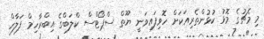
މި މެޗުގެ މޮޅު ކުޅުންތެރިއަކަށް ހޮވިފައިވަނީ ޔޫތް ސްޕޯޓްސް ކްލަބްގެ އިބްރާހިމް ފަލާހް